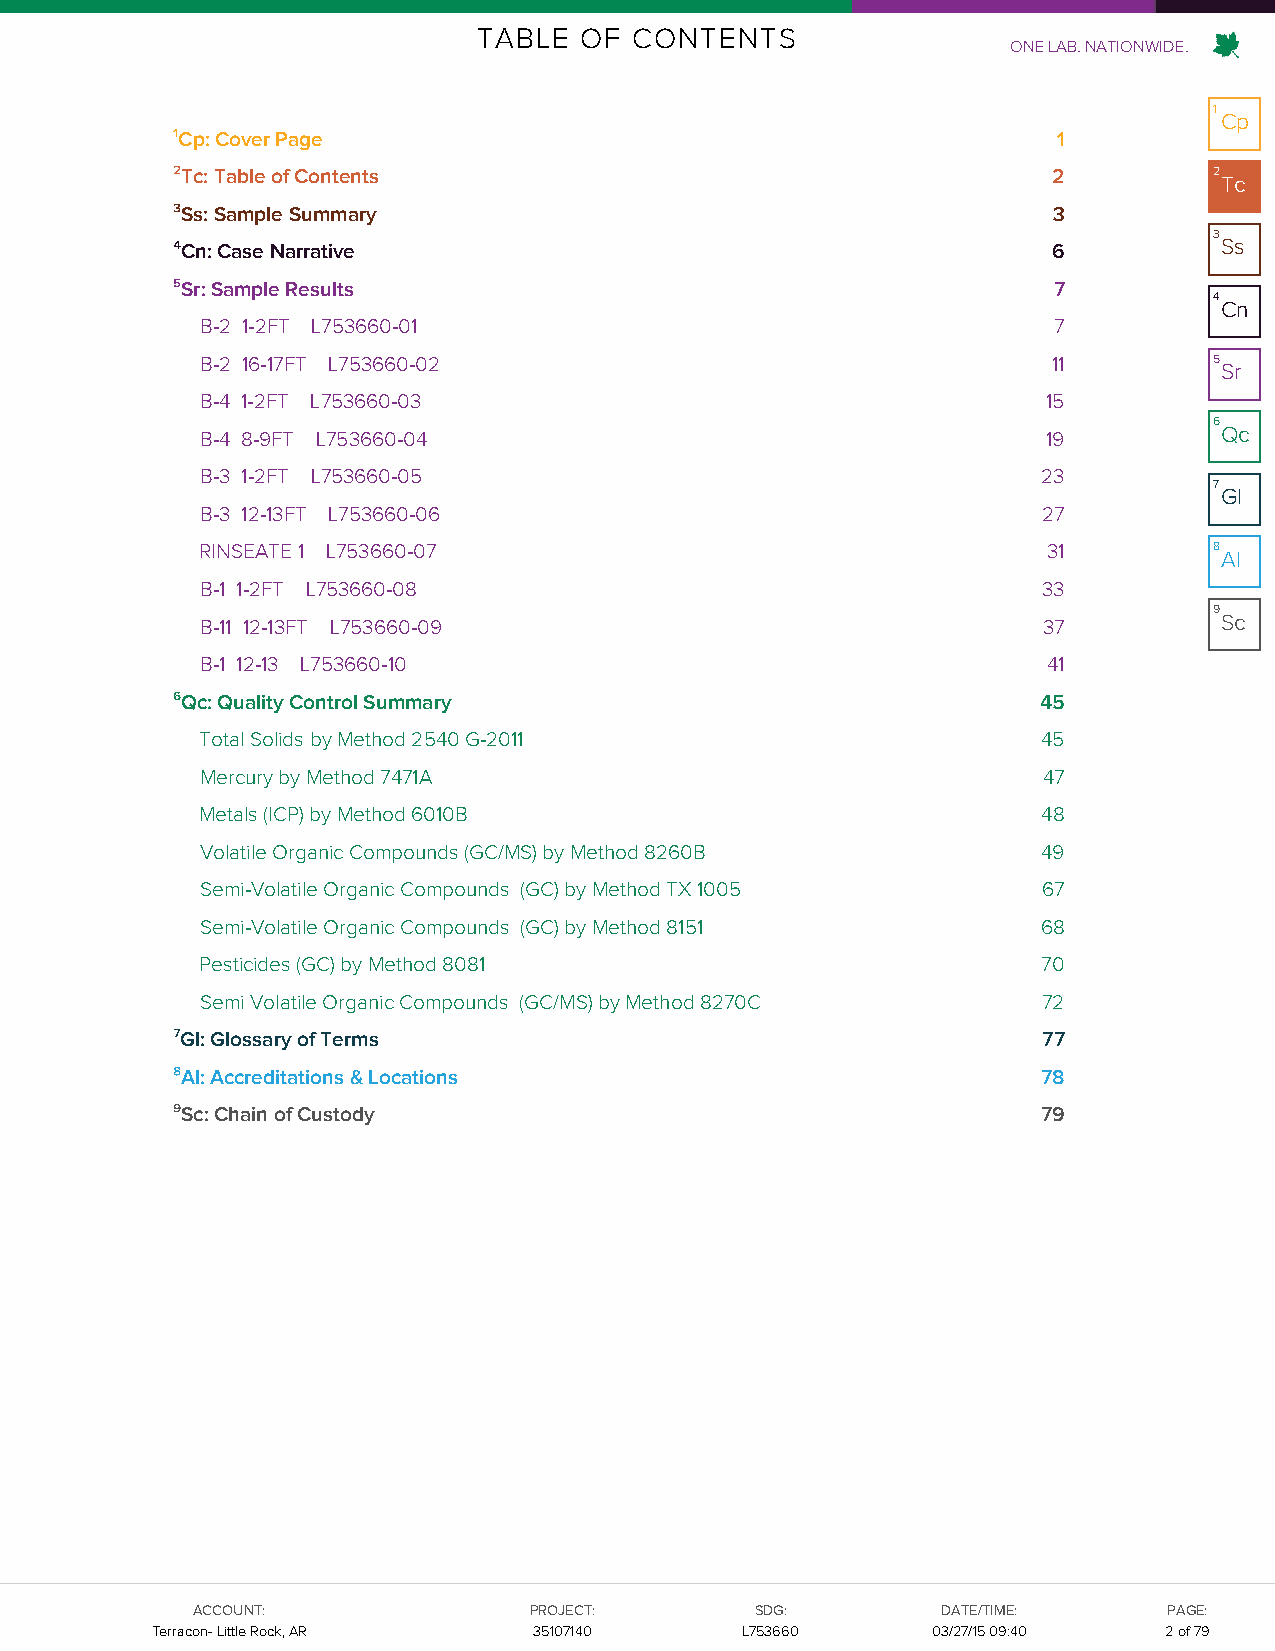
TABLE OF  CONTENTS
 ONE LAB. NATIONWIDE.
 1
 Cp
 ¹Cp: Cover Page                                            1
 ²Tc: Table of Contents                                     2         2
 Tc
 ³Ss: Sample Summary                                        3
 3
 ⁴Cn: Case Narrative                                        6          Ss
 ⁵Sr: Sample Results                                        7
 4
 Cn
 B-2 1-2FT L753660-01                                     7
 B-2 16-17FT L753660-02                                   11        5
 Sr
 B-4 1-2FT L753660-03                                    15
 6
 B-4 8-9FT L753660-04                                    19          Qc
 B-3 1-2FT L753660-05                                    23
 7
 Gl
 B-3 12-13FT L753660-06                                  27
 RINSEATE 1 L753660-07                                   31         8
 Al
 B-1 1-2FT L753660-08                                    33
 9
 B-11 12-13FT L753660-09                                 37          Sc
 B-1 12-13 L753660-10                                    41
 ⁶Qc: Quality Control Summary                              45
 Total Solids by Method 2540 G-2011                      45
 Mercury by Method 7471A                                 47
 Metals (ICP) by Method 6010B                            48
 Volatile Organic Compounds (GC/MS) by Method 8260B      49
 Semi-Volatile Organic Compounds (GC) by Method TX 1005  67
 Semi-Volatile Organic Compounds (GC) by Method 8151     68
 Pesticides (GC) by Method 8081                          70
 Semi Volatile Organic Compounds (GC/MS) by Method 8270C 72
 ⁷Gl: Glossary of Terms                                    77
 ⁸Al: Accreditations & Locations                           78
 ⁹Sc: Chain of Custody                                     79
 AACCCCOOUUNNTT::      PPRROOJJEECCTT:: SSDDGG::  DDAATTEE//TTIIMMEE:: PPAAGGEE::
 TTeerrrraaccoonn-- LLiittttllee RRoocckk,, AARR 3355110077114400 LL775533666600 0033/2/277/1/515 0 191::0410 22 ooff 7799